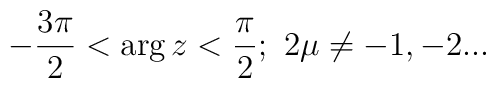
-\frac{3\pi }2<\arg z<\frac \pi 2;\ 2\mu \neq -1,-2...